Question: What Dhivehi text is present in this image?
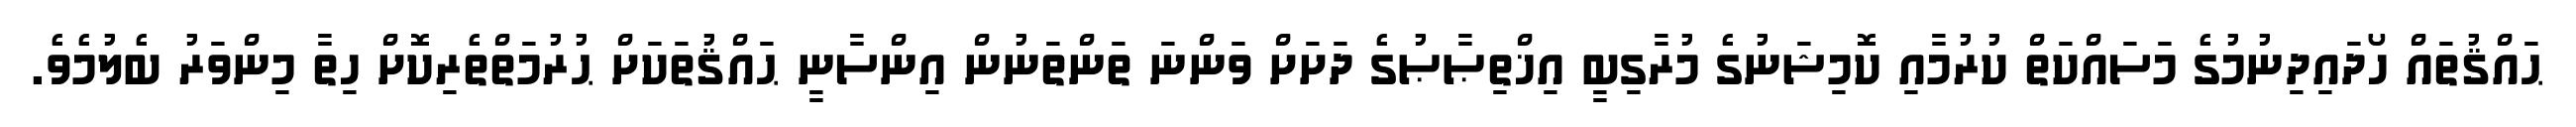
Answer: ޙައްޤުތައް ހޯދައިދިނުމުގެ މަސައްކަތް ކުރުމާއި ކޮމިޝަނުގެ މުރާގިބީ އިޚްތިޞާޞުގެ ދަށަށް ވަންނަ ތަންތަނުން އިންސާނީ ޙައްޤުތަކަށް ޙުރުމަތްތެރިކޮށް ހިތާ މިންވަރު ބެލުމެވެ.